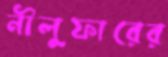
নীলুফারের